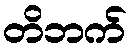
တိဘက်